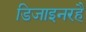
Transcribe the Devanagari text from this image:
डिजाइनरहै